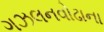
ગઝલનવોઢાના